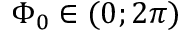
\Phi _ { 0 } \in ( 0 ; 2 \pi )